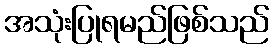
အသုံးပြုရမည်ဖြစ်သည်